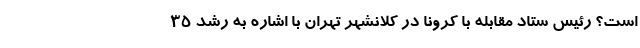
است؟ رئیس ستاد مقابله با کرونا در کلانشهر تهران با اشاره به رشد ۳۵